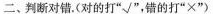
二、判断对错。(对的打“√”，错的打“×”)